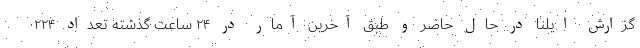
گزارش ایلنا در حال حاضر و طبق آخرین آمار در ۲۴ ساعت گذشته تعداد ۲۲۴